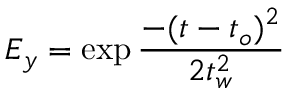
E _ { y } = \exp { \frac { - ( t - t _ { o } ) ^ { 2 } } { 2 t _ { w } ^ { 2 } } }